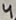
Text: 4